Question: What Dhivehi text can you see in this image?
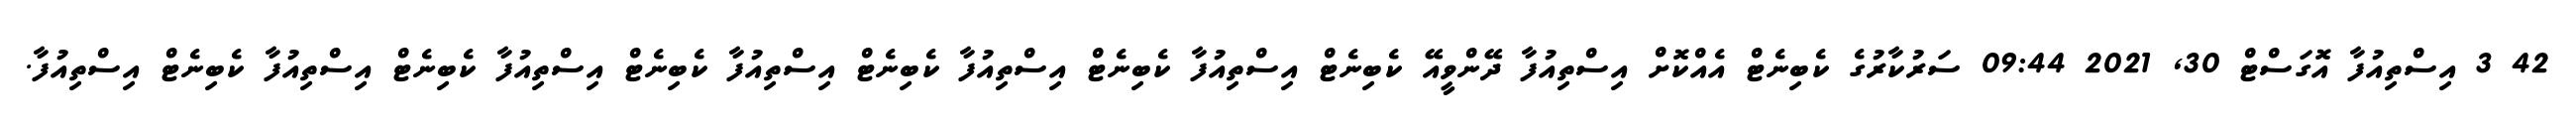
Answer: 42 3 އިސްތިއުފާ އޮގަސްޓް 30, 2021 09:44 ސަރުކާރުގެ ކެބިނެޓް އެއްކޮށް އިސްތިއުފާ ދޭންވީއޭ ކެބިނެޓް އިސްތިއުފާ ކެބިނެޓް އިސްތިއުފާ ކެބިނެޓް އިސްތިއުފާ ކެބިނެޓް އިސްތިއުފާ ކެބިނެޓް އިސްތިއުފާ ކެބިނެޓް އިސްތިއުފާ.